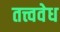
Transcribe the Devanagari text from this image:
तत्त्ववेध